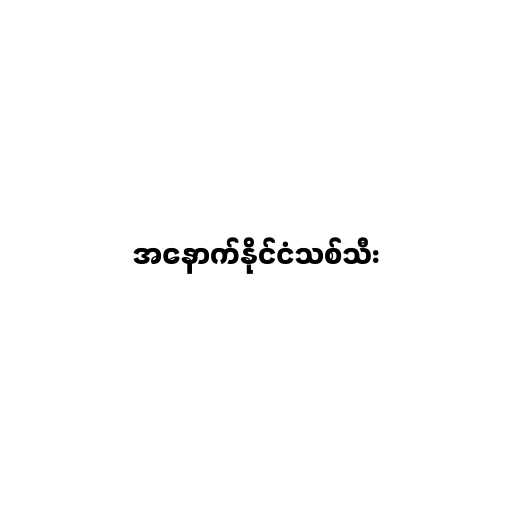
အနောက်နိုင်ငံသစ်သီး